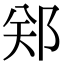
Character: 郑